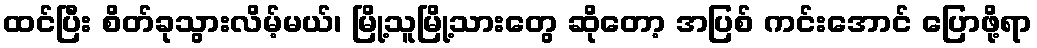
ထင်ပြီး စိတ်ခုသွားလိမ့်မယ်၊ မြို့သူမြို့သားတွေ ဆိုတော့ အပြစ် ကင်းအောင် ပြောဖို့ရာ